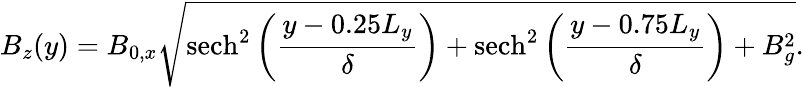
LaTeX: B_{z}(y)=B_{0,x}\sqrt{\operatorname{sech}^{2}\left(\frac{y-0.25L_{y}}{\delta}\right)+\operatorname{sech}^{2}\left(\frac{y-0.75L_{y}}{\delta}\right)+B_{g}^{2}}.